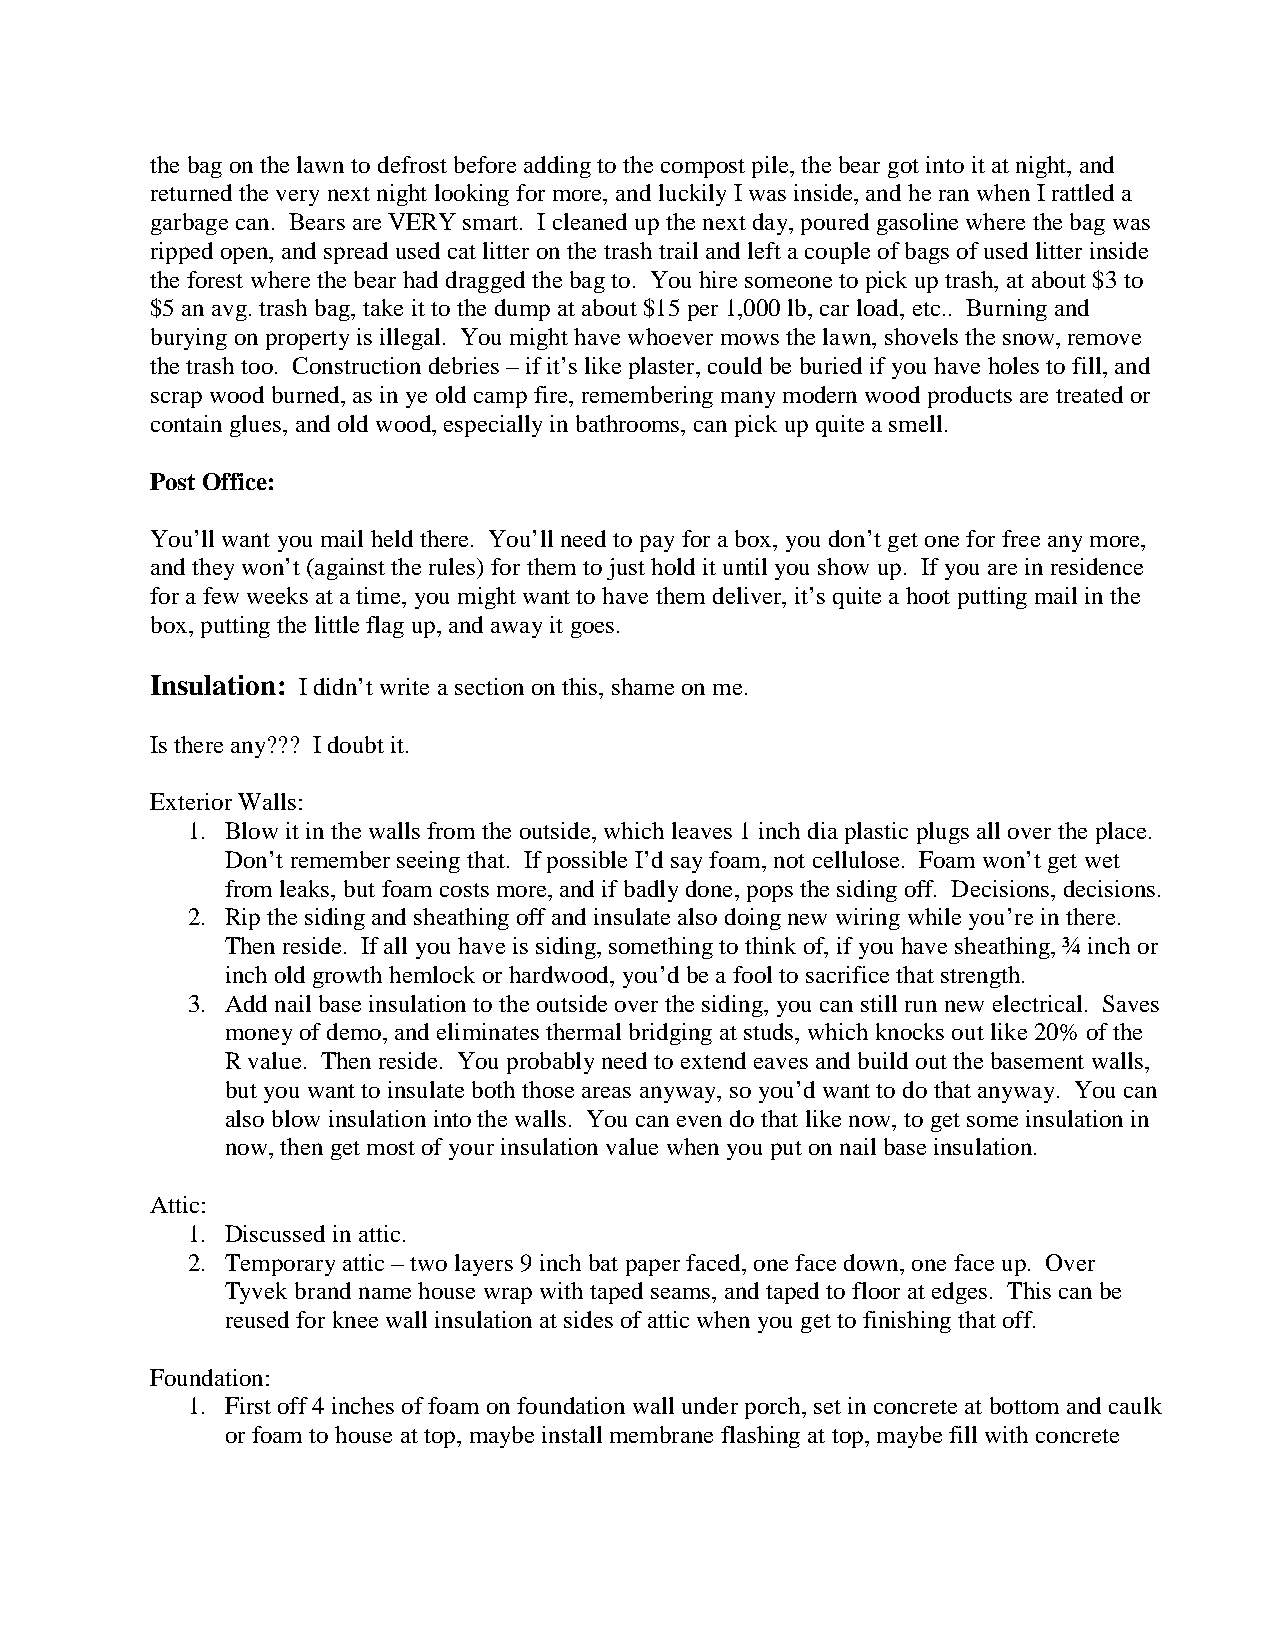
thebagonthelawntodefrost beforeaddingtothe compost pile,thebear got intoit at night,and
 returnedtheverynext night lookingformore, andluckilyIwas inside,andheranwhen Irattleda
 garbage can. Bears are VERYsmart. Icleaned upthenext day,poured gasolinewherethebagwas
 rippedopen,andspread usedcat litteronthetrashtrail andleft acoupleofbags ofusedlitterinside
 theforest wherethebear haddraggedthebagto. Youhiresomeonetopickuptrash, at about $3to
 $5anavg.trash bag,take it tothedumpat about $15per1,000lb,carload, etc.. Burningand
 buryingonpropertyis illegal. Youmight havewhoevermows thelawn,shovels thesnow,remove
 thetrash too. Constructiondebries –ifit’s likeplaster,couldbeburiedif youhaveholes tofill,and
 scrapwoodburned,as in ye old campfire,rememberingmanymodernwoodproducts aretreatedor
 containglues, andoldwood,especiallyinbathrooms, canpickupquitea smell.
 PostOffice:
 You’ll want youmail heldthere. You’ll needtopayforabox, youdon’t get oneforfreeanymore,
 andtheywon’t (against therules)forthem tojust holdit until youshowup. If youareinresidence
 forafewweeks at atime, youmight want tohave them deliver,it’s quitea hoot puttingmail inthe
 box,puttingthelittleflagup,andawayit goes.
 Insulation: Ididn’t writeasectiononthis, shameonme.
 Is thereany??? Idoubt it.
 ExteriorWalls:
 1. Blowit inthewalls from theoutside,whichleaves 1inchdiaplasticplugs all overtheplace.
 Don’t rememberseeingthat. Ifpossible I’dsayfoam,not cellulose. Foam won’t get wet
 from leaks, but foam costs more,andifbadlydone,pops thesidingoff. Decisions, decisions.
 2. Ripthesidingandsheathingoff andinsulatealso doingnew wiringwhile you’reinthere.
 Thenreside. Ifall youhaveis siding,somethingtothinkof,if youhavesheathing,¾inchor
 incholdgrowthhemlock orhardwood, you’dbea fool tosacrificethat strength.
 3. Addnail baseinsulationtotheoutsideoverthesiding, youcanstill runnew electrical. Saves
 moneyof demo,andeliminates thermal bridgingat studs, whichknocks out like20%ofthe
 R value. Thenreside. Youprobablyneedtoextendeaves and buildout thebasement walls,
 but youwant toinsulate boththoseareas anyway, so you’dwant todothat anyway. You can
 also blowinsulationintothewalls. Youcan even dothat likenow,toget someinsulationin
 now,thenget most of yourinsulationvaluewhen youput onnail baseinsulation.
 Attic:
 1. Discussedinattic.
 2. Temporaryattic–twolayers 9inchbat paperfaced,onefacedown,onefaceup. Over
 Tyvekbrandnamehouse wrapwithtapedseams, andtapedtofloor at edges. This canbe
 reusedforknee wall insulationat sides ofatticwhen you get tofinishingthat off.
 Foundation:
 1. First off4inches offoam onfoundationwall underporch,set inconcreteat bottom andcaulk
 orfoam tohouseat top, maybeinstall membrane flashingat top,maybefill withconcrete